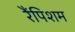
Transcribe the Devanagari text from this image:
रैंपिशम